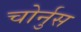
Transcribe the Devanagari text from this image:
चोर्नुस